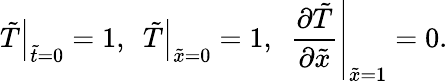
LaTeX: {\left.\tilde{T}\right|_{\tilde{t}=0}}=1,~~{\left.\tilde{T}\right|_{\tilde{x}=0}}=1,~~{\left.{\frac{{\partial\tilde{T}}}{{\partial\tilde{x}}}}\right|_{\tilde{x}=1}}=0.